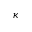
\kappa